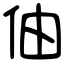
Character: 伷